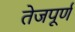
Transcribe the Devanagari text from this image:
तेजपूर्ण